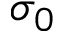
\sigma _ { 0 }